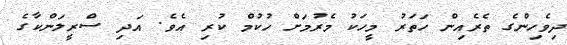
ދިވެހިންގެ ތެރެއިން ހަތަރު މީހަކު މެރުމަށް ހުކުމް ކުރި އެވެ. އަދި ސްރީލަންކާގެ